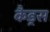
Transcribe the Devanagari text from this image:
कैड्रस